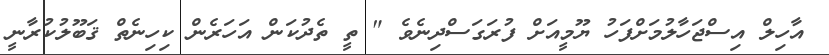
އާހިލް އިސްޖަހާލުމަށްފަހު ޔޫމީއަށް ފުރަގަސްދިނެވެ " ތީ ތެދުކަން އަހަރެން ކިހިނެތް ޤަބޫލުކުރާނީ